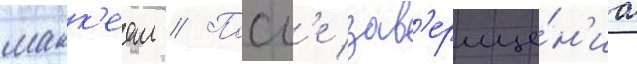
макк'еем // Посл'е зав'ерше́н'иа